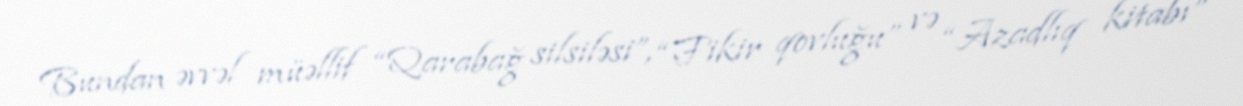
Bundan əvvəl müəllif “Qarabağ silsiləsi”, “Fikir qovluğu” və “Azadlıq kitabı”